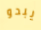
يبدو